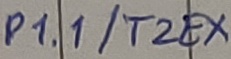
Text: P1.1/T2EX